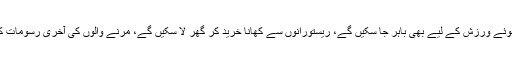
اب لوگ فاصلہ اختیار کرتے ہوئے ورزش کے لیے بھی باہر جا سکیں گے، ریستورانوں سے کھانا خرید کر گھر لا سکیں گے، مرنے والوں کی آخری رسومات کی ادائیگی بھی کر سکیں گے۔